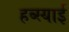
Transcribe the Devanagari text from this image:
हब्स्याई